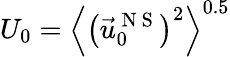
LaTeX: {{U}_{0}}={{\left\langle{{\left(\vec{u}_{0}^{\mathrm{~N~S~}}\right)}^{2}}\right\rangle}^{0.5}}